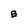
Character: B